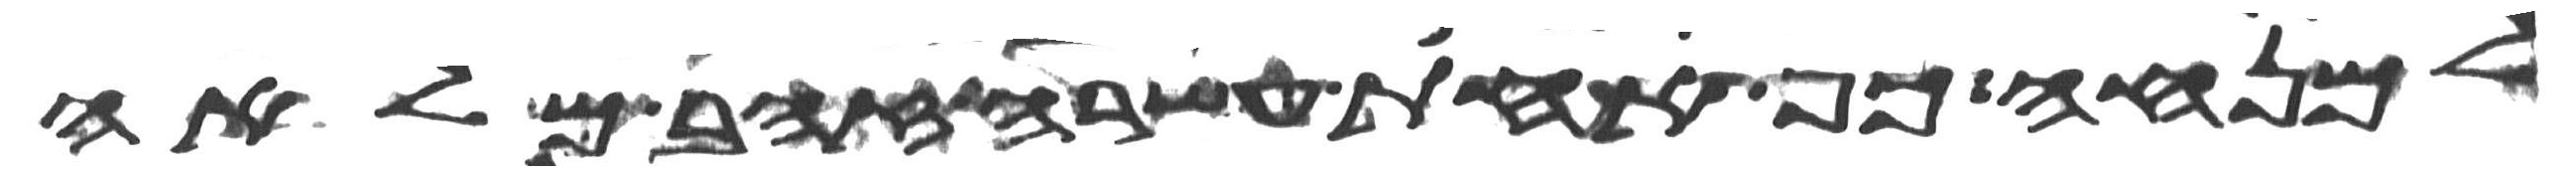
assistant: למנחה כף אחת עשרה זהב מלאה